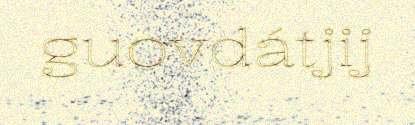
guovdátjij